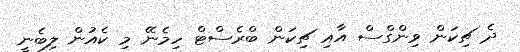
ދެ ޗިކަން ވިންގްސް އާއި ޗިކަން ބްރެސްޓް ހިމެނޭ މި ކެއުން ލިބެނީ